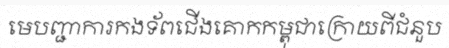
មេបញ្ជាការកងទ័ពជើងគោកកម្ពុជាក្រោយពីជំនួប